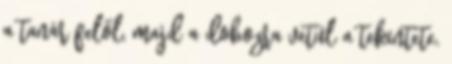
a tanár felől, majd a dobozra vetül a tekintete.